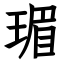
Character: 瑂